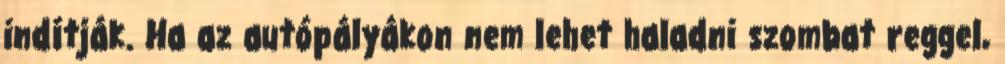
indítják. Ha az autópályákon nem lehet haladni szombat reggel,